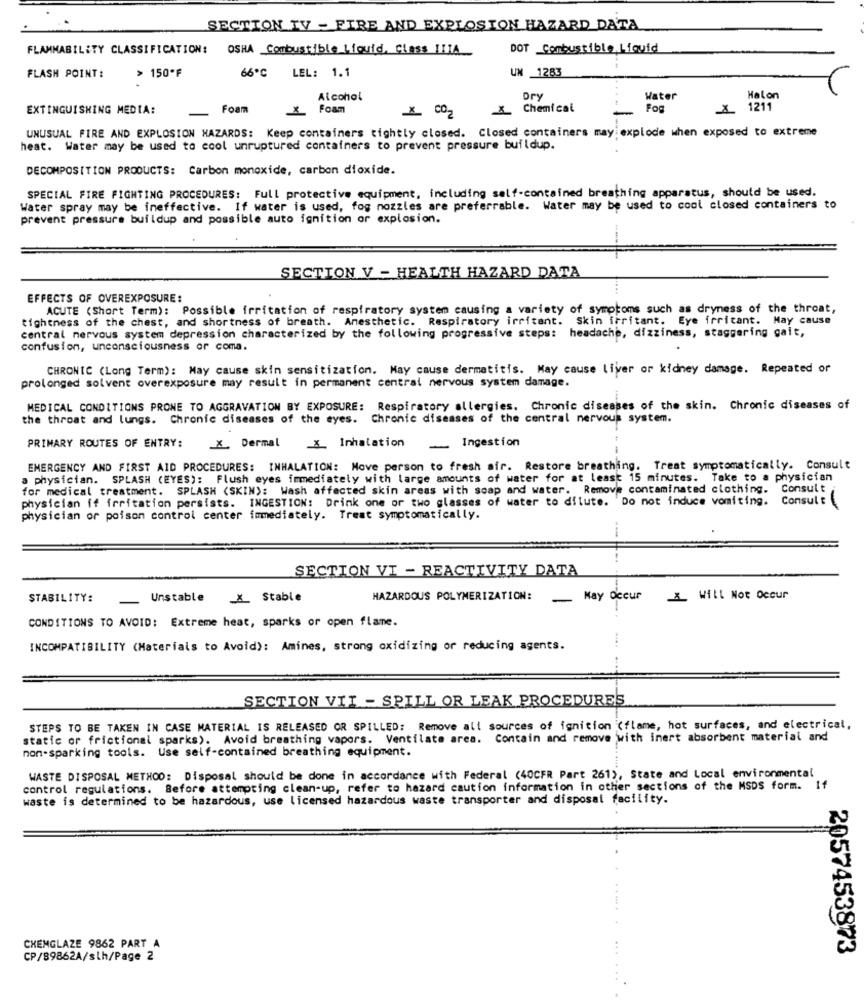
SECTION TV - FIRE AND EXPLOSION HAZARD DATA
FLAMMABILITY CLASSIFICATION:
OSHA Combustible Liquid, Class HIJA
DOT Combustible Liquid
66º℃ LEL: 1.1
UN 1283
FLASH POINT:
> 150ºF
Alcohol
Dry
Water
Halon
EXTINGUISHING MEDIA:
Foam
Foam
_X_ Chemical
Fog
1211
X CO2
UNUSUAL FIRE AND EXPLOSION HAZARDS: Keep containers tightly closed. Closed containers may explode when exposed to extreme
heat. Water may be used to ccol unruptured containers to prevent pressure buildup.
DECOMPOSITION PRODUCTS: Carbon monoxide, carbon dioxide.
SPECIAL FIRE FIGHTING PROCEDURES: Full protective equipment, including self-contained breathing apparatus, should be used.
Water spray may be ineffective. If water is used, fog nozzles are preferrable. Water may be used to cool closed containers to
prevent pressure buildup and possible auto ignition or explosion.
SECTION V - HEALTH HAZARD DATA
....
EFFECTS OF OVEREXPOSURE:
ACUTE (Short Term): Possible irritation of respiratory system causing a variety of symptoms such as dryness of the throat,
tightness of the chest, and shortness of breath. Anesthetic. Respiratory irritant. Skin irritant. Eye irritant. May cause
central nervous system depression characterized by the following progressive steps: headache, dizziness, staggering gait,
confusion, unconsciousness or coma.
CHRONIC (Long Term): May cause skin sensitization. May cause dermatitis. May cause liver or kidney damage. Repeated or
prolonged solvent overexposure may result in permanent central nervous system damage.
MEDICAL CONDITIONS PRONE TO AGGRAVATION BY EXPOSURE: Respiratory allergies, Chronic diseases of the skin. Chronic diseases of
the throat and lungs. Chronic diseases of the eyes. Chronic diseases of the central nervous system.
PRIMARY ROUTES OF ENTRY:
- Ingestion
.X. Dermal _X_ Inhalation
EMERGENCY AND FIRST AID PROCEDURES: INHALATION: Move person to fresh air. Restore breathing. Treat symptomatically. Consult
a physician. SPLASH (EYES): Flush eyes immediately with large amounts of water for at least 15 minutes. Take to a physician
for medical treatment. SPLASH <SKIN): Wash affected skin areas with soap and water. Remove contaminated clothing.
Consult
physician if irritation persists. INGESTION: Drink one or two glasses of water to dilute. Do not induce vomiting. Consult
physician or poison control center immediately. Treat symptomatically.
SECTION VI - REACTIVITY DATA
STABILITY:
Unstable
X_ Stable
HAZARDOUS POLYMERIZATION:
May Occur X_ Will Not Occur
CONDITIONS TO AVOID: Extreme heat, sparks or open flame.
INCOMPATIBILITY (Materials to Avoid): Amines, strong oxidizing or reducing agents.
SECTION VII - SPILL OR LEAK PROCEDURES
STEPS TO BE TAKEN IN CASE MATERIAL IS RELEASED OR SPILLED: Remove alt sources of ignition (flame, hot surfaces, and electrical,
static or frictional sparks). Avoid breathing vapors. Ventilate area. Contain and remove with inert absorbent material and
non-sparking tools. Use self-contained breathing equipment.
WASTE DISPOSAL METHOD: Disposal should be done in accordance with Federal (40CFR Part 261), State and Local environmental
control regulations. Before attempting clean-up, refer to hazard caution information in other sections of the MSDS form. If
waste is determined to be hazardous, use licensed hazardous waste transporter and disposal facility.
CHEMGLAZE 9862 PART A
2057453873
CP/89862A/slh/Page 2
...